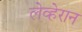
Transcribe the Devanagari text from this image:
लेव्हेरान